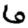
Digit: 6